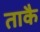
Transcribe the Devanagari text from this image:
ताकै